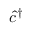
\hat { c } ^ { \dagger }